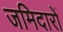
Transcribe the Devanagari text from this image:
जमिदारों